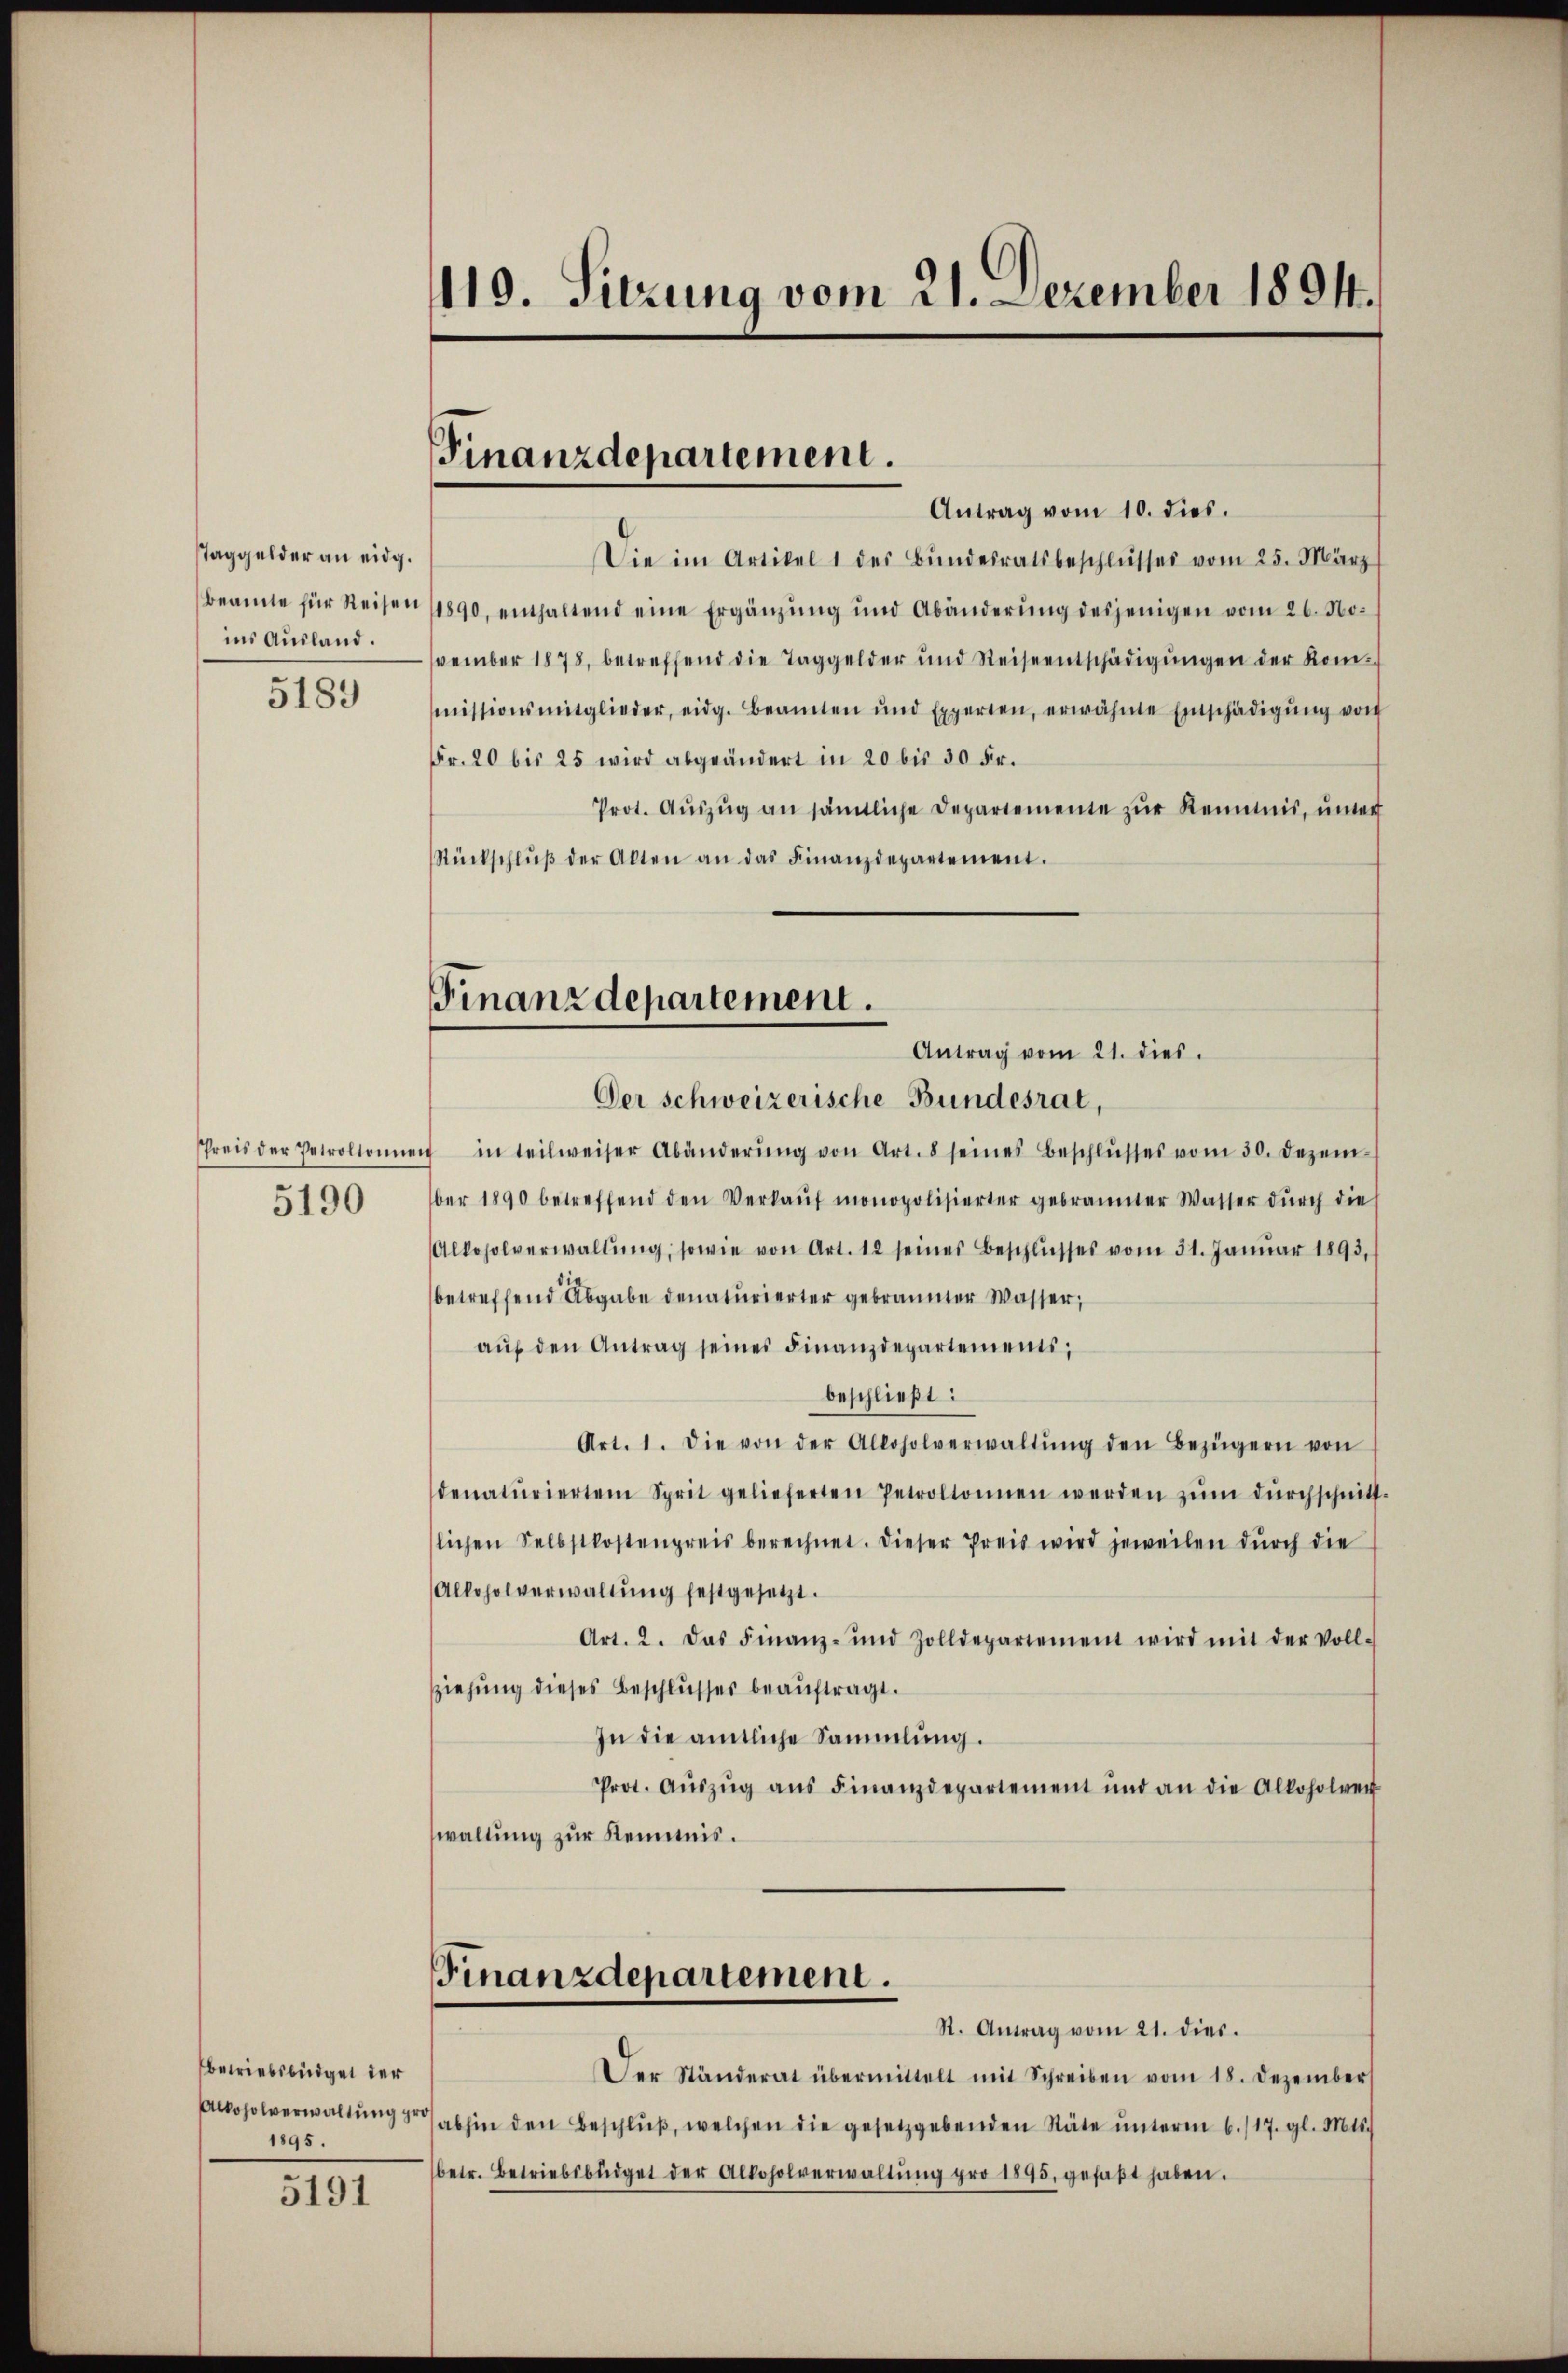
Taggelder an eidg.
Beamte für Reisen
ins Ausland.

5183

Preis der Perroltonner
5190

betriebsbüdget der
Alkoholverwaltung ge
1895.

5191

119. Sitzung vom 21. Dezember 1891.

Finanzdepartement.

Antrag vom 10. dies.
Die im Artikel 1 des Bŭndesratsbeschlŭsses vom 25. März
11890, enthaltend eine Ergänzŭng und Abänderŭng desjenigen vom 26. No-
vember 1878, betreffend die Taggelder und Reiseentschädigŭngen der Kom-
missionsmitglieder, eidg. Beamten und Experten, erwähnte Einschädigŭng von
Fr. 20 bis 25 wird abgeändert in 20 bis 30 Fr.
Prot. Aŭszŭg an sämtliche Departemente zŭr Reimnis, unter
Rückschlŭβ der Alten an das Finanzdepartement.
Der schweizerische Bundesrat,
u in teilweiser Abänderŭng von Art. 8 seines Beschlŭsses vom 30. Dezem
ber 1890 betreffend den Verkaŭf monopolisierter gebrannter Wasser dŭrch die
Alkoholverwaltŭng, sowie von Art. 12 seines Beschlŭsses vom 31. Januar 1893,
betreffend Abgabe denaturierter gebrannter Wasser,
aŭf den Antrag seines Finanzdepartementi,
beschließt:
Art. 1. Die von der Alloholverwaltŭng den Bezügern von
denaturierten Sprit gelieferten Petroltonnen werden zŭm dŭrchschnitt-
lichen Selbstkostenpreis berechnet. Dieser Preis wird jeweilen dŭrch die
Alkoholverwaltŭng festgesetzt.
Art. 2. Das Finanz- und Zolldepartement wird mit der Voll-
ziehung dieses Beschlusses beauftragt.
In die amtliche Sammlung.
Prot. Aŭszŭg aŭs Finanzdepartement und an die Alkoholver
waltung zur Kenntnis.
Finanzdepartement.
Rt. Antrag vom 21. dies.
Der Ständerat übermittelt mit Schreiben vom 18. Dezember
abhin den Beschlŭβ, welchen die gesetzgebenden Stäte ŭnterm 6./17. gl. Mts.
betr. Betriebsbüdget der Alkoholverwaltŭng pro 1895, gefaßt haben.

Finanzdepartement.
Antrag vom 21. dies.